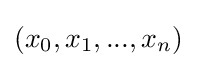
(x_{0},x_{1},...,x_{n})